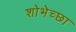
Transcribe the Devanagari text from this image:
शोभेच्छा